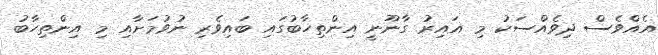
އެއްވެސް ދިވެއްސަކު މި ޣައިރު ގާނޫނީ އިންތިހާބުގައި ބައިވެރި ނުވުމަށާއި މި އިންތިހާބު